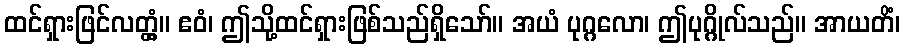
ထင်ရှားဖြင်လတ္တံ့။ ဧဝံ၊ ဤသို့ထင်ရှားဖြစ်သည်ရှိသော်။ အယံ ပုဂ္ဂလော၊ ဤပုဂ္ဂိုလ်သည်။ အာယတိံ၊